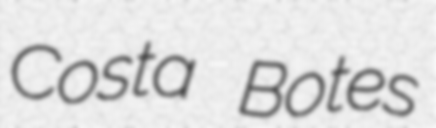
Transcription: Costa Botes